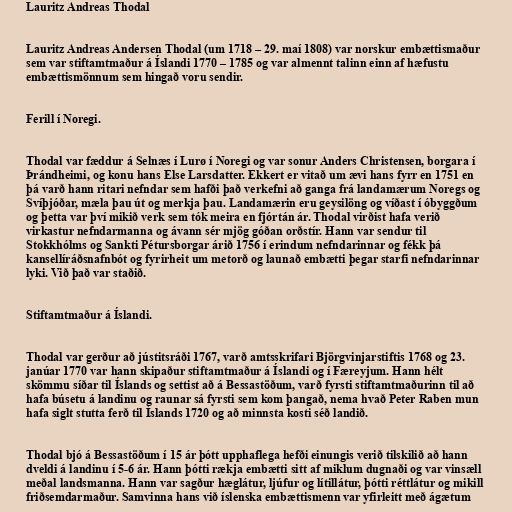
Lauritz Andreas Thodal

Lauritz Andreas Andersen Thodal (um 1718 – 29. maí 1808) var norskur embættismaður
sem var stiftamtmaður á Íslandi 1770 – 1785 og var almennt talinn einn af hæfustu
embættismönnum sem hingað voru sendir.

Ferill í Noregi.

Thodal var fæddur á Selnæs í Lurø í Noregi og var sonur Anders Christensen, borgara í
Þrándheimi, og konu hans Else Larsdatter. Ekkert er vitað um ævi hans fyrr en 1751 en
þá varð hann ritari nefndar sem hafði það verkefni að ganga frá landamærum Noregs og
Svíþjóðar, mæla þau út og merkja þau. Landamærin eru geysilöng og víðast í óbyggðum
og þetta var því mikið verk sem tók meira en fjórtán ár. Thodal virðist hafa verið
virkastur nefndarmanna og ávann sér mjög góðan orðstír. Hann var sendur til
Stokkhólms og Sankti Pétursborgar árið 1756 í erindum nefndarinnar og fékk þá
kansellíráðsnafnbót og fyrirheit um metorð og launað embætti þegar starfi nefndarinnar
lyki. Við það var staðið.

Stiftamtmaður á Íslandi.

Thodal var gerður að jústitsráði 1767, varð amtsskrifari Björgvinjarstiftis 1768 og 23.
janúar 1770 var hann skipaður stiftamtmaður á Íslandi og í Færeyjum. Hann hélt
skömmu síðar til Íslands og settist að á Bessastöðum, varð fyrsti stiftamtmaðurinn til að
hafa búsetu á landinu og raunar sá fyrsti sem kom þangað, nema hvað Peter Raben mun
hafa siglt stutta ferð til Íslands 1720 og að minnsta kosti séð landið.

Thodal bjó á Bessastöðum í 15 ár þótt upphaflega hefði einungis verið tilskilið að hann
dveldi á landinu í 5-6 ár. Hann þótti rækja embætti sitt af miklum dugnaði og var vinsæll
meðal landsmanna. Hann var sagður hæglátur, ljúfur og lítillátur, þótti réttlátur og mikill
friðsemdarmaður. Samvinna hans við íslenska embættismenn var yfirleitt með ágætum